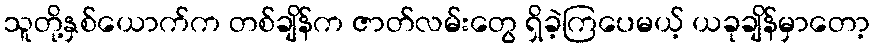
သူတို့နှစ်ယောက်က တစ်ချိန်က ဇာတ်လမ်းတွေ ရှိခဲ့ကြပေမယ့် ယခုချိန်မှာတော့